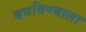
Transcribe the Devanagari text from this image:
बनविण्याला